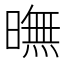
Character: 𣊲